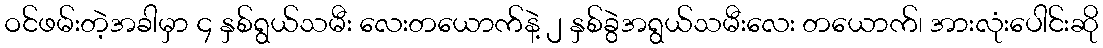
ဝင်ဖမ်းတဲ့အခါမှာ ၄ နှစ်ရွယ်သမီး လေးတယောက်နဲ့ ၂ နှစ်ခွဲအရွယ်သမီးလေး တယောက်၊ အားလုံးပေါင်းဆို